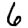
Digit: 6